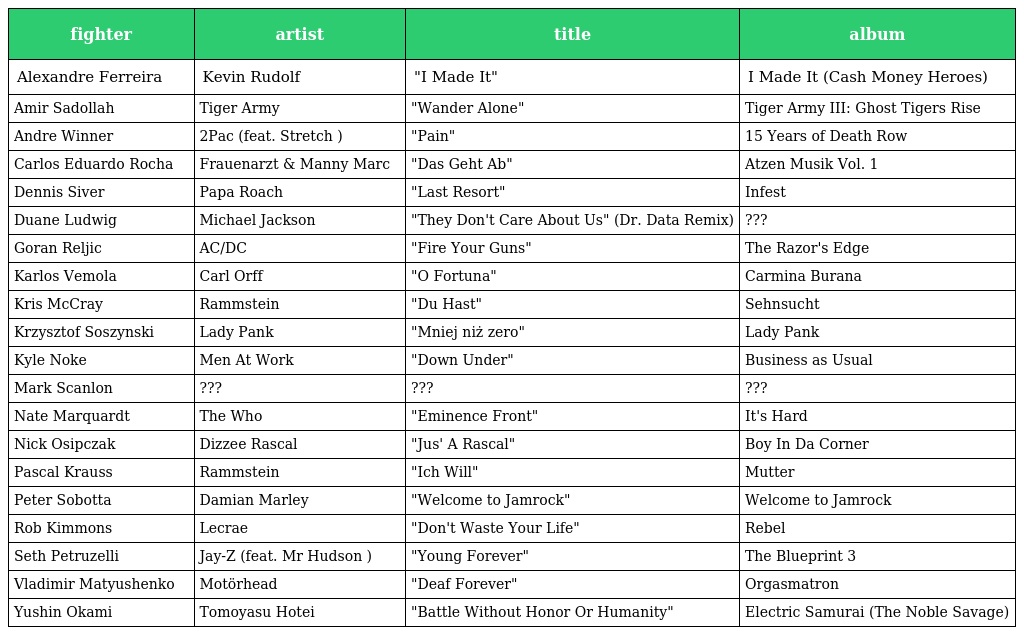
| fighter | artist | title | album |
 | --- | --- | --- | --- |
 | Alexandre Ferreira | Kevin Rudolf | "I Made It" | I Made It (Cash Money Heroes) |
 | Amir Sadollah | Tiger Army | "Wander Alone" | Tiger Army III: Ghost Tigers Rise |
 | Andre Winner | 2Pac (feat. Stretch ) | "Pain" | 15 Years of Death Row |
 | Carlos Eduardo Rocha | Frauenarzt & Manny Marc | "Das Geht Ab" | Atzen Musik Vol. 1 |
 | Dennis Siver | Papa Roach | "Last Resort" | Infest |
 | Duane Ludwig | Michael Jackson | "They Don't Care About Us" (Dr. Data Remix) | ??? |
 | Goran Reljic | AC/DC | "Fire Your Guns" | The Razor's Edge |
 | Karlos Vemola | Carl Orff | "O Fortuna" | Carmina Burana |
 | Kris McCray | Rammstein | "Du Hast" | Sehnsucht |
 | Krzysztof Soszynski | Lady Pank | "Mniej niż zero" | Lady Pank |
 | Kyle Noke | Men At Work | "Down Under" | Business as Usual |
 | Mark Scanlon | ??? | ??? | ??? |
 | Nate Marquardt | The Who | "Eminence Front" | It's Hard |
 | Nick Osipczak | Dizzee Rascal | "Jus' A Rascal" | Boy In Da Corner |
 | Pascal Krauss | Rammstein | "Ich Will" | Mutter |
 | Peter Sobotta | Damian Marley | "Welcome to Jamrock" | Welcome to Jamrock |
 | Rob Kimmons | Lecrae | "Don't Waste Your Life" | Rebel |
 | Seth Petruzelli | Jay-Z (feat. Mr Hudson ) | "Young Forever" | The Blueprint 3 |
 | Vladimir Matyushenko | Motörhead | "Deaf Forever" | Orgasmatron |
 | Yushin Okami | Tomoyasu Hotei | "Battle Without Honor Or Humanity" | Electric Samurai (The Noble Savage) |